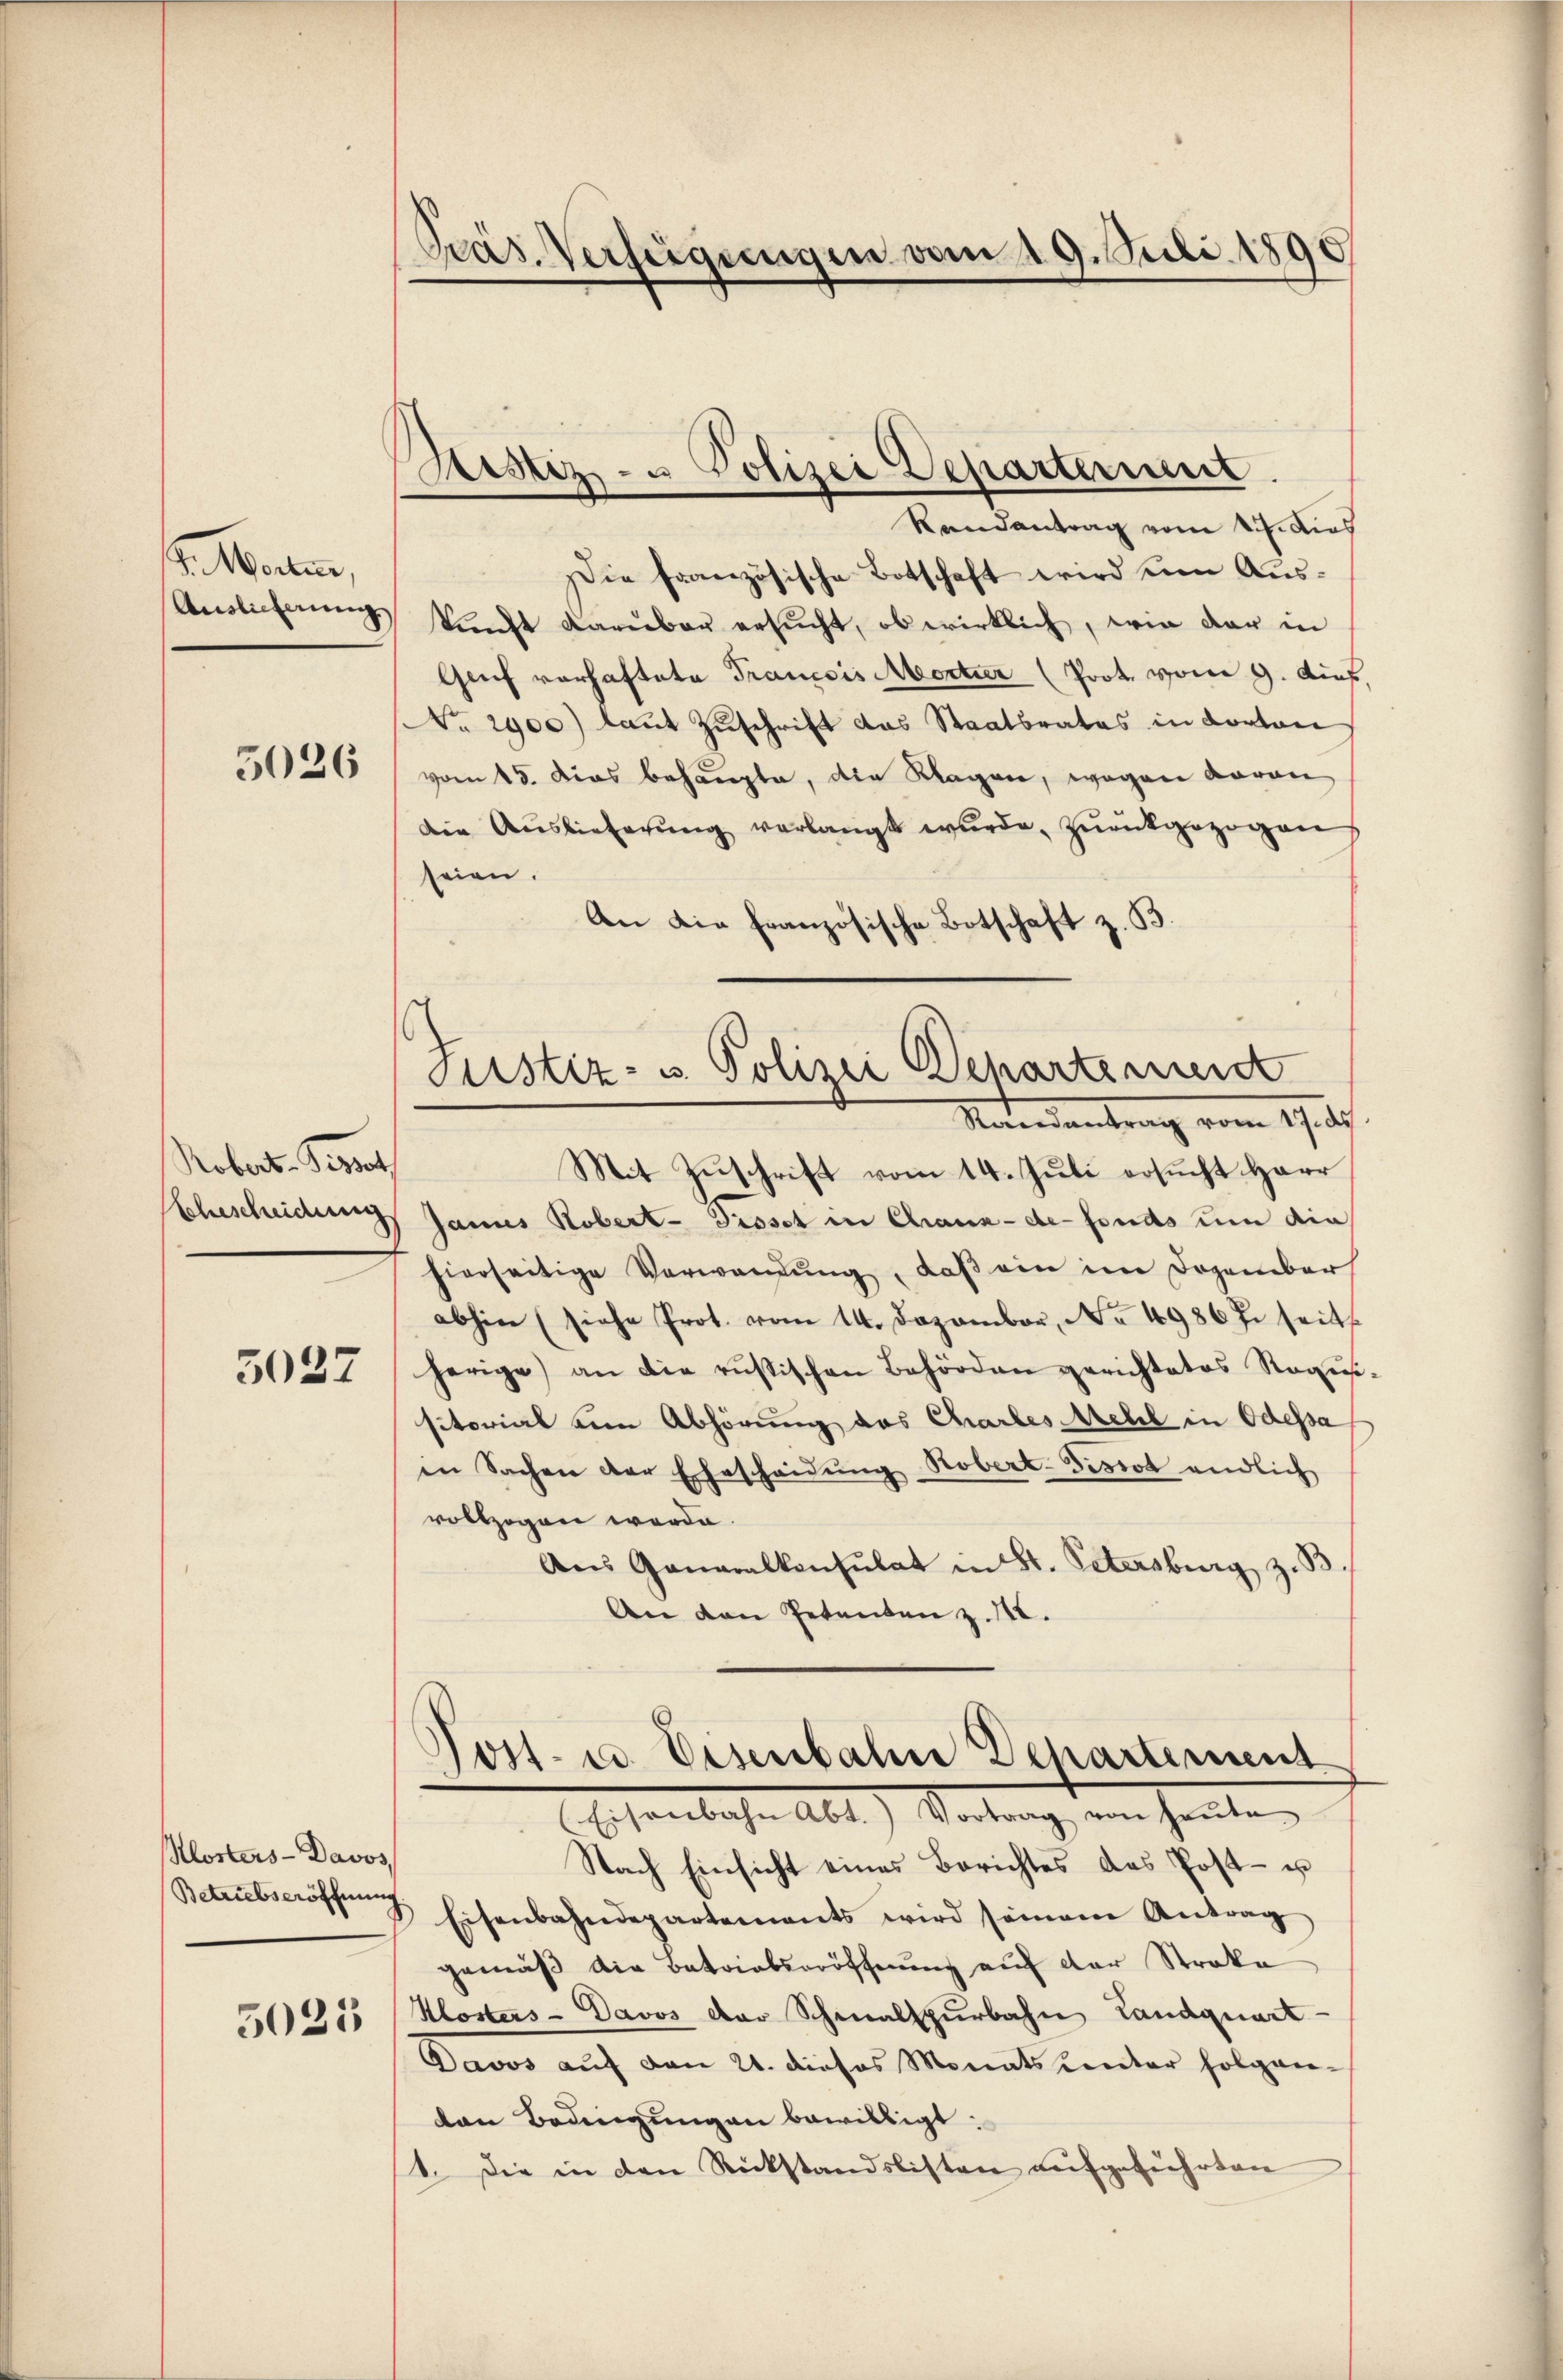
I. Nachten,
Auslicherung.

5026

Robert-Testat

5027

Klosters - Davos,

5023

Pras. Verfügungen vom 19. Juli 1890

Sistiz- u Polizei Departerient
.
Randantrag vom 17. dies

Die französische Botschaft wird um Auskunft darüber ersucht, ob wirklich, wie dar in
Grf vorhaftete Francois Abortier (Prot. vom 9. Dief,
No. 2900) laut Zuschrift das Staatsrates in Korton
vom 15. Dies behaupte, die Klagen, wegen daran
Die Auslieferung verlangt wurde, zurückgezogen
seien.
An die französische Botschaft z. B.
Mit Zuschrift vom 14. Juli ersucht Herr
Ehescheidung Janus Robert- Pissot in Chaux-de-Fonds um die
hierseitige Verwandŭng, daß ein im Dozember
abhin (siehe Prot. vom 14. Dezember, No 4986 J. seits
herige) an die russischen Behörden gerichtetes Ragus
sitorial ein Abhörung des Chartes Mehl in Odessa
in Sachen der Ehescheidŭng Robert-Tissot endlich
vollzogen werde.
Aus Ganaralkonsulat in St. Petersburg z. B.
An den Petenten z. 142.
Post- u. Eisenbahn Departement
Osenbachen Abt. Vortrag, von heute
Nach Einsicht eines Berichtes das Post- u
Betriebserötter 2 Eisenbahndepartements wird seinem Antrag
gemäß die Batrialseröffnung auf der Stroke
Klosters - Davos der Schmalspurbahn Landquart
Davos auf den 21. dieses Monatsunter folgen-
van Bedingungen bewilligt:
1. Die in den Rückstandslisten aufgeführten

Justiz- u. Polizei Departemend
Naendantrag vom 17. d.